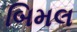
બિમલ